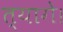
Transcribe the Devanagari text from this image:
त्यागे।